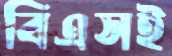
বিএসই